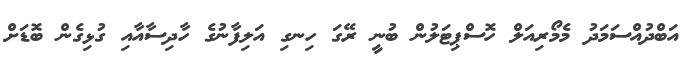
އަބްދުއްސަމަދު މެމޯރިއަލް ހޮސްޕިޓަލުން ބުނީ ރޭގަ ހިނގި އަލިފާނުގެ ހާދިސާއާއި ގުޅިގެން ބޮޑަށް